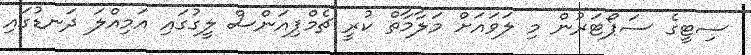
ސިޓީގެ ސަޕޯޓަރުން މި ލަވައަށް މަލާމާތް ކުރީ ޗެމްޕިއަންސް ލީގުގައި އަމިއްލަ ދަނޑުގައި